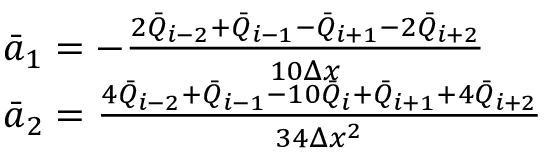
\begin{array} { r l } & { { { { \bar { a } } } _ { 1 } } = - \frac { 2 { { { \bar { Q } } } _ { i - 2 } } + { { { \bar { Q } } } _ { i - 1 } } - { { { \bar { Q } } } _ { i + 1 } } - 2 { { { \bar { Q } } } _ { i + 2 } } } { 1 0 \Delta x } } \\ & { { { { \bar { a } } } _ { 2 } } = \frac { 4 { { { \bar { Q } } } _ { i - 2 } } + { { { \bar { Q } } } _ { i - 1 } } - 1 0 { { { \bar { Q } } } _ { i } } + { { { \bar { Q } } } _ { i + 1 } } + 4 { { { \bar { Q } } } _ { i + 2 } } } { 3 4 \Delta { { x } ^ { 2 } } } } \end{array}